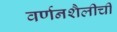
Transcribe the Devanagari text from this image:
वर्णनशैलीची